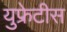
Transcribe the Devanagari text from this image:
युफ्रेटीस